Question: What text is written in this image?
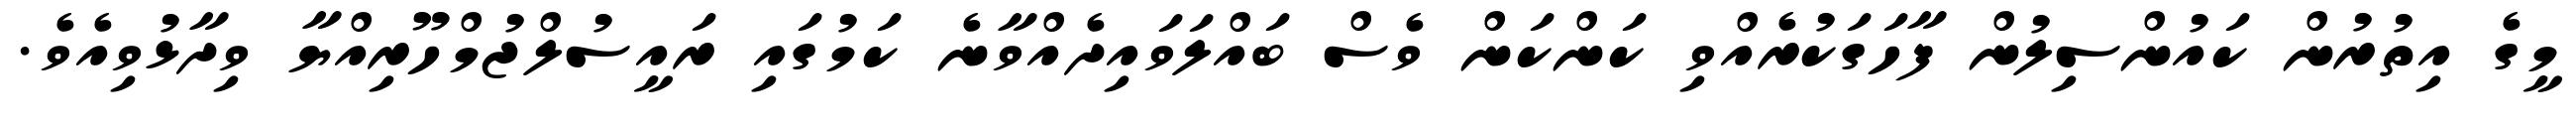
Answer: މީގެ އިތުރުން ކައުންސިލުން ފާހަގަކުރެއްވި ކަންކަން ވެސް ބައްލަވައިދެއްވާނެ ކަމުގައި ރައީސުލްޖުމްހޫރިއްޔާ ވިދާޅުވިއެވެ.